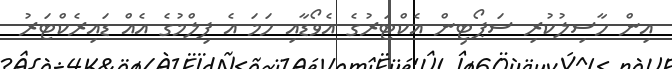
އިން ހާސިލުކުރި ސަޕޯޓިން އެކްޓަރުގެ އެވޯޑާއި ހަމަ އެ ފިލްމުގެ އެއް ޑައިރެކްޓަރު